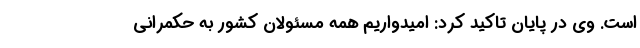
است. وی در پایان تاکید کرد: امیدواریم همه مسئولان کشور به حکمرانی